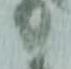
り